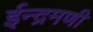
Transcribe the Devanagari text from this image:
ईन्द्रमणी